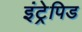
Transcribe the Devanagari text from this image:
इंट्रेपिड